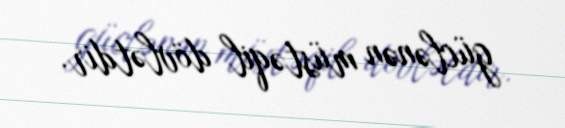
güclənən müstəqil dövlətdir.